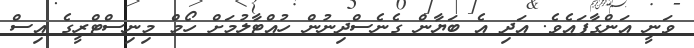
ވަނީ އަންގާފައެވެ. އަދި އެ ބަޔާން ގެނެސްދިނުން ހުއްޓާލުމަށް ހޯމް މިނިސްޓްރީގެ އިސް